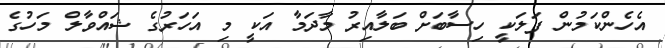
އެހެންކަމުން ފަލަކީ ހިސާބަށް ބަލާއިރު މާދަމާ އަކީ މި އަހަރުގެ ޝައްވާލް މަހުގެ